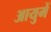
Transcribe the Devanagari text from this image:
आयुमें